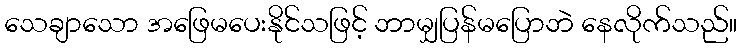
သေချာသော အဖြေမပေးနိုင်သဖြင့် ဘာမျှပြန်မပြောဘဲ နေလိုက်သည်။